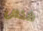
شخص